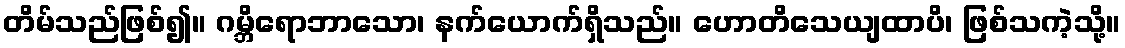
တိမ်သည်ဖြစ်၍။ ဂမ္ဘိရောဘာသော၊ နက်ယောက်ရှိသည်။ ဟောတိသေယျထာပိ၊ ဖြစ်သကဲ့သို့။